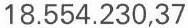
18.554.230,37